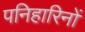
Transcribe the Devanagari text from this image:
पनिहारिनों